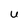
Character: U